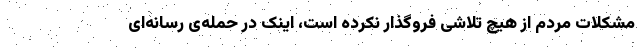
مشکلات مردم از هیچ تلاشی فروگذار نکرده است، اینک در حمله‌ی رسانه‌ای